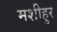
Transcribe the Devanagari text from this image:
मशीहुर